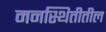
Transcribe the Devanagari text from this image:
मनस्थितीतील